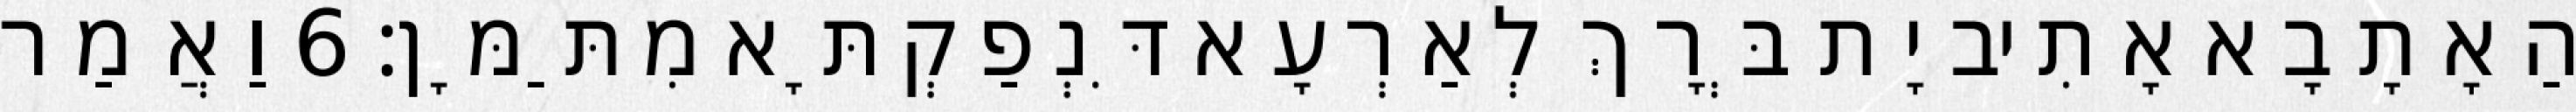
הַאָתָבָא אָתִיב יָת בְּרָךְ לְאַרְעָא דִּנְפַקְתָּא מִתַּמָּן׃ 6 וַאֲמַר